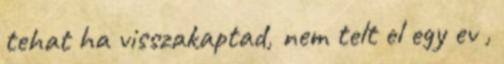
tehat ha visszakaptad, nem telt el egy ev ,